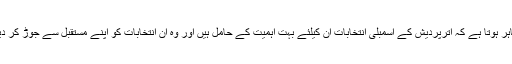
اس سے ظاہر ہوتا ہے کہ اترپردیش کے اسمبلی انتخابات ان کیلئے بہت اہمیت کے حامل ہیں اور وہ ان انتخابات کو اپنے مستقبل سے جوڑ کر دیکھتے ہیں۔